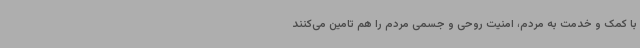
با کمک و خدمت به مردم، امنیت روحی و جسمی مردم را هم تامین می‌کنند